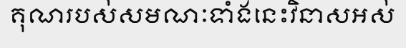
គុណរបស់សមណៈទាំងនេះវិនាសអស់